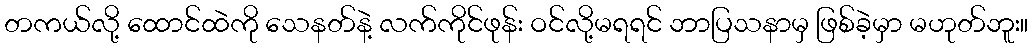
တကယ်လို့ ထောင်ထဲကို သေနတ်နဲ့ လက်ကိုင်ဖုန်း ဝင်လို့မရရင် ဘာပြသနာမှ ဖြစ်ခဲ့မှာ မဟုတ်ဘူး။